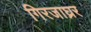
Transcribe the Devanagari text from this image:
गिरजाघ्रर